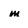
Character: m